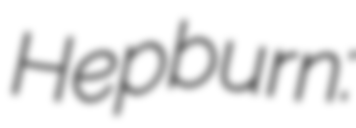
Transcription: Hepburn: